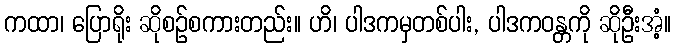
ကထာ၊ ပြောရိုး ဆိုစဉ်စကားတည်း။ ဟိ၊ ပါဒကမှတစ်ပါး, ပါဒကဝန္တကို ဆိုဦးအံ့။